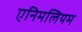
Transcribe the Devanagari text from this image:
एनिमलियम